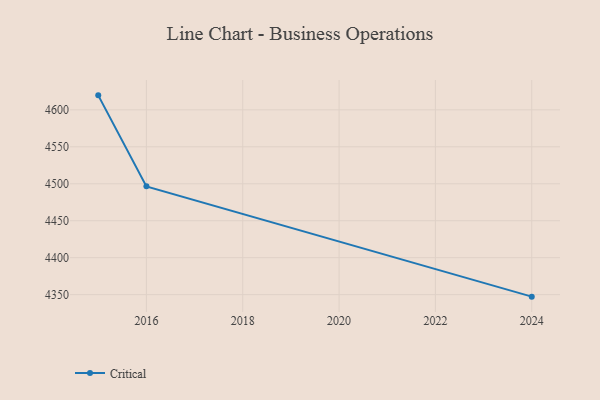
{"axis": {"x": "Year", "y": "Operating Costs (USD K)"}, "legend": ["Critical"], "data": [{"x": "2015", "y": 4619.6, "type": "Critical"}, {"x": "2016", "y": 4496.5, "type": "Critical"}, {"x": "2024", "y": 4347.3, "type": "Critical"}]}